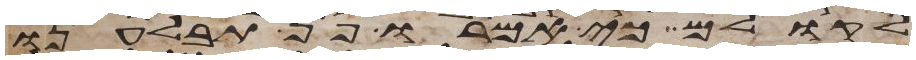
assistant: לקולם כי אמרו פן תבלענו